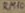
Text: RM10